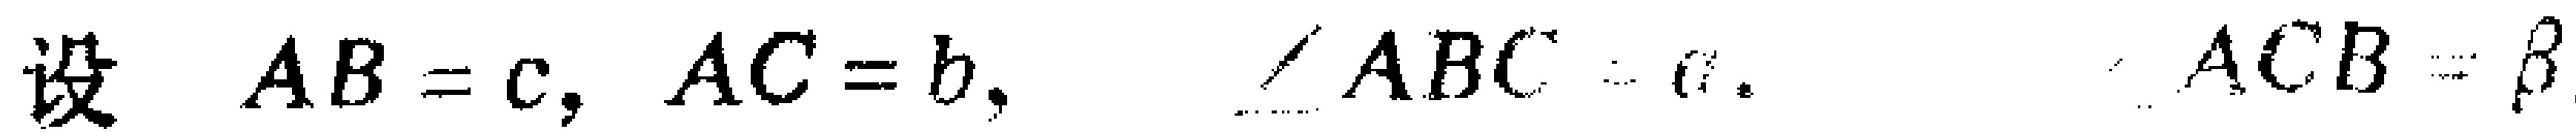
设 \(AB = c, AC = b, \angle ABC = \alpha, \angle ACB=\beta\)